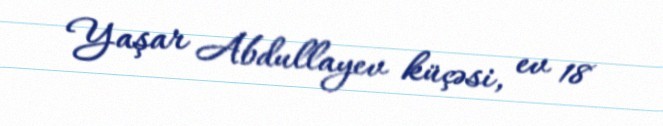
Yaşar Abdullayev küçəsi, ev 18